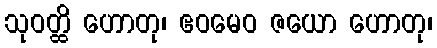
သုဝတ္ထိ ဟောတု၊ ဧဝမေဝ ဇယော ဟောတု၊